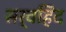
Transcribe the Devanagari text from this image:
सर्वहिंद